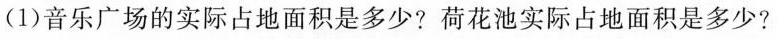
(1)音乐广场的实际占地面积是多少?荷花池实际占地面积是多少?